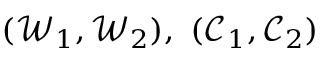
( \mathcal { W } _ { 1 } , \mathcal { W } _ { 2 } ) , ~ ( \mathcal { C } _ { 1 } , \mathcal { C } _ { 2 } )